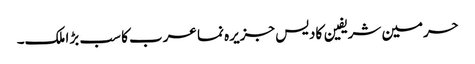
حرمین شریفین کادیس جزیرہ نما عرب کا سب بڑا ملک۔